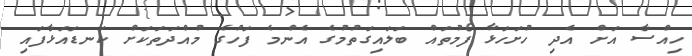
ހިއްސާ އަށް އެދި ހުށަހަޅާ ފޯމުތައް ބަލައިގަތުމުގެ އެންމެ ފަހުގެ މުއްދަތަކަށް ކަނޑައަޅާފައި